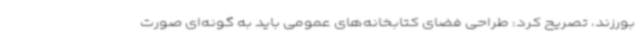
بورزند، تصریح کرد: طراحی فضای کتابخانه‌های عمومی باید به گونه‌ای صورت